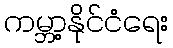
ကမ္ဘာ့နိုင်ငံရေး